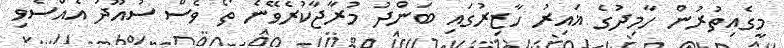
މީގެއިތުރުން ހާމިދުގެ ޣައިރު ހާޒިރުގައި ބަންދު މުރާޖާކުރެވޭނެ ތޯ ވެސް ސުއޫދު އެއްސެވި